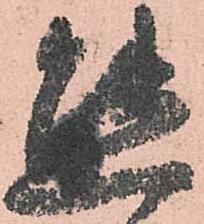
態